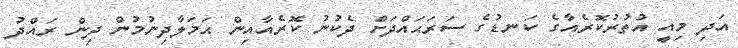
އަދި މިއީ އުތުރުކޮރެއާގެ ކަނޑުގެ ސަރަޙައްދަށް ދެކުނު ކޮރެއާއިން ޙަމަލާދިނުމުން ދިން ރައްދު